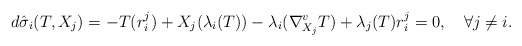
\begin{align*} d\hat{\sigma}_i(T,X_j)=-T(r^j_i)+X_j(\lambda_i(T))-\lambda_i(\nabla^v_{X_j}T)+\lambda_j(T)r^j_i=0,\quad\forall j\neq i. \end{align*}